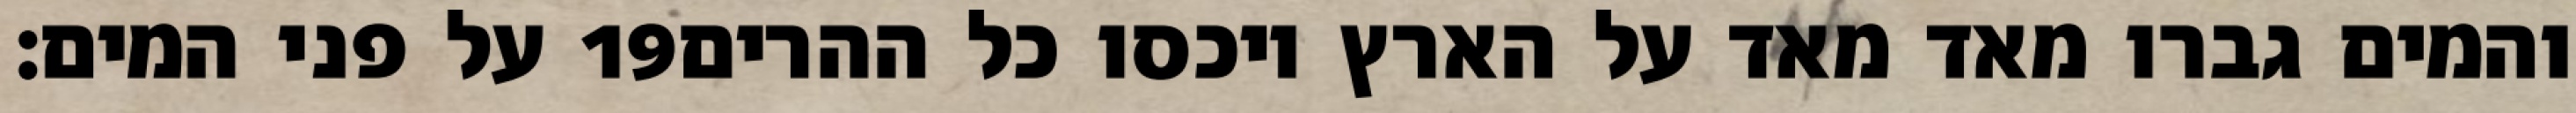
על פני המים׃ ‎19‏ והמים גברו מאד מאד על הארץ ויכסו כל ההרים